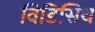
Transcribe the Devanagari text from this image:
विडिसिथ